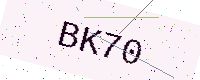
Text: BK70